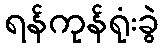
ရန်ကုန်ရုံးခွဲ